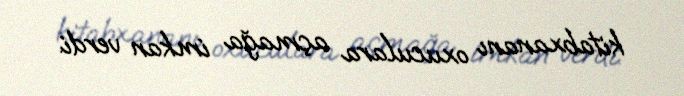
kitabxananı oxuculara açmağa imkan verdi.